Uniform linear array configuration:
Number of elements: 16
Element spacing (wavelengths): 0.75
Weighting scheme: uniform
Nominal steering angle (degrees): -60
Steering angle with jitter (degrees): -60.543
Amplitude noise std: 0.05
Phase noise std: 0.05

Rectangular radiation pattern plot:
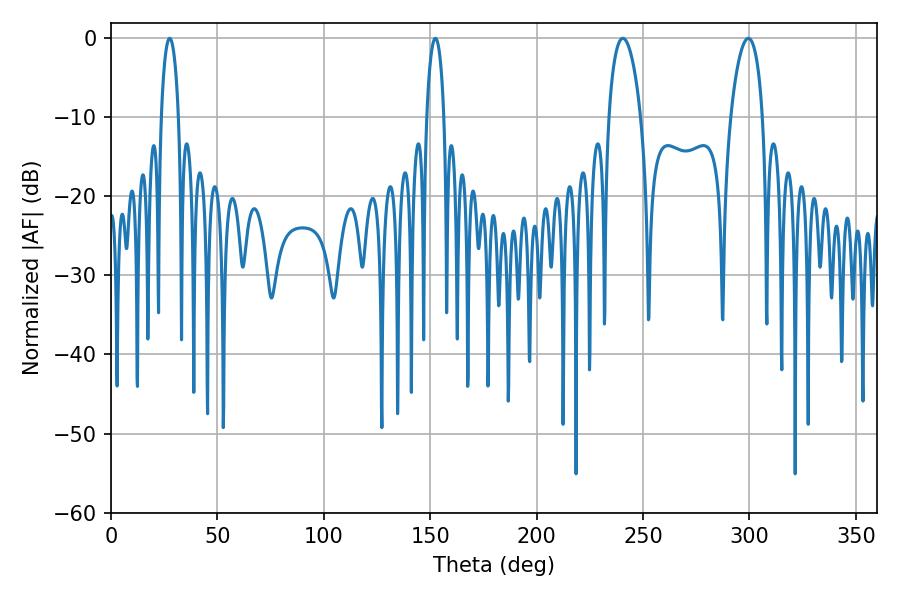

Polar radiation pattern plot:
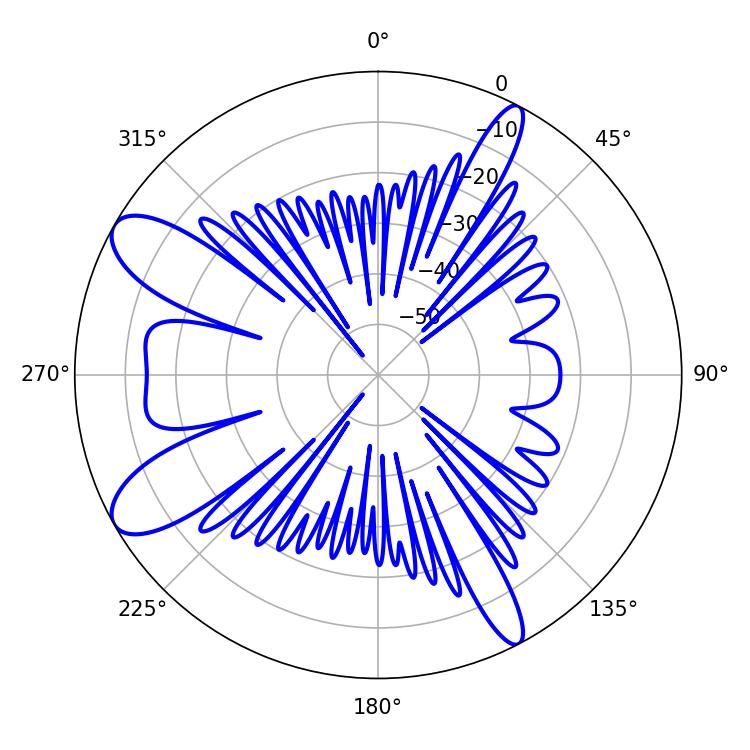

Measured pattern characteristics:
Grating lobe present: TRUE
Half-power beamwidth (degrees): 8.64
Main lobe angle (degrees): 240.48